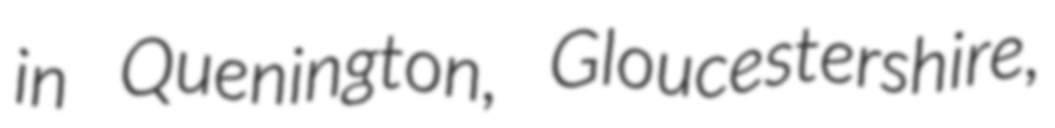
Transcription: in Quenington, Gloucestershire,